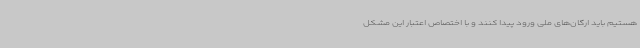
هستیم باید ارگان‌های ملی ورود پیدا کنند و با اختصاص اعتبار این مشکل